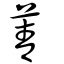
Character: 菁